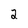
Character: 2